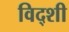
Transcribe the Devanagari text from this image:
विद्शी